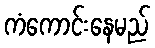
ကံကောင်းနေမည်